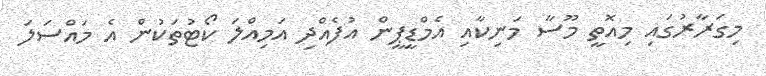
މިގަރާރުގައި މިއޮތީ މޫސާ މަނިކާއި އެމްޑީޕީން އުފެއްދި އަމިއްލަ ކޯޓުތަކުން އެ މައްސަލަ